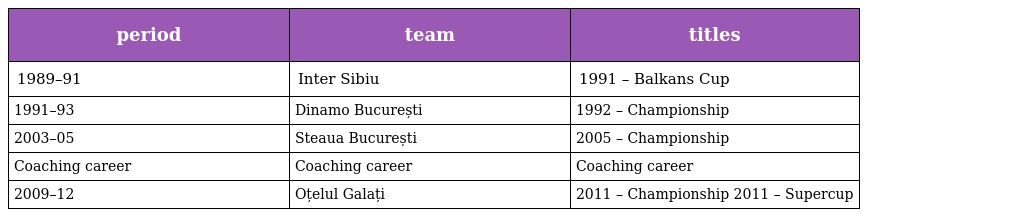
| period | team | titles |
 | --- | --- | --- |
 | 1989–91 | Inter Sibiu | 1991 – Balkans Cup |
 | 1991–93 | Dinamo București | 1992 – Championship |
 | 2003–05 | Steaua București | 2005 – Championship |
 | Coaching career | Coaching career | Coaching career |
 | 2009–12 | Oțelul Galați | 2011 – Championship 2011 – Supercup |